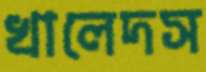
খালেদস